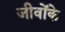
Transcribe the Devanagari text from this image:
जीवोंके